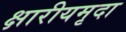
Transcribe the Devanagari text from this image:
क्षारीयमृदा